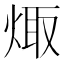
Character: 𭴻